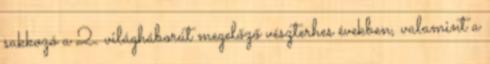
sakkozó a 2. világháborút megelőző vészterhes években, valamint a